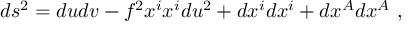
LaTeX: d s ^ { 2 } = d u d v - f ^ { 2 } x ^ { i } x ^ { i } d u ^ { 2 } + d x ^ { i } d x ^ { i } + d x ^ { A } d x ^ { A } ~ ,